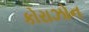
કોરાઝોન